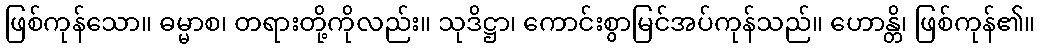
ဖြစ်ကုန်သော။ ဓမ္မာစ၊ တရားတို့ကိုလည်း။ သုဒိဋ္ဌာ၊ ကောင်းစွာမြင်အပ်ကုန်သည်။ ဟောန္တိ၊ ဖြစ်ကုန်၏။